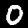
Digit: 0